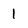
Character: 1